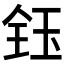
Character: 𬍟